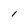
Character: 1